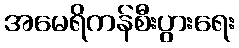
အမေရိကန်စီးပွားရေး